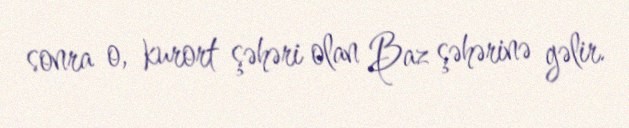
sonra o, kurort şəhəri olan Baz şəhərinə gəlir.